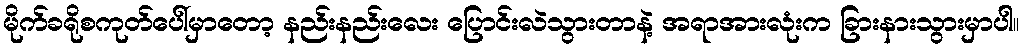
မိုက်ခရိုစကုတ်ပေါ်မှာတော့ နည်းနည်းလေး ပြောင်းလဲသွားတာနဲ့ အရာအားလုံးက ခြားနားသွားမှာပါ။